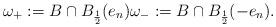
LaTeX: \begin{align*}\omega_+:= {B}\cap B_\frac{1}{2}(e_n)\omega_-:= {B}\cap B_\frac{1}{2}(-e_n). \end{align*}